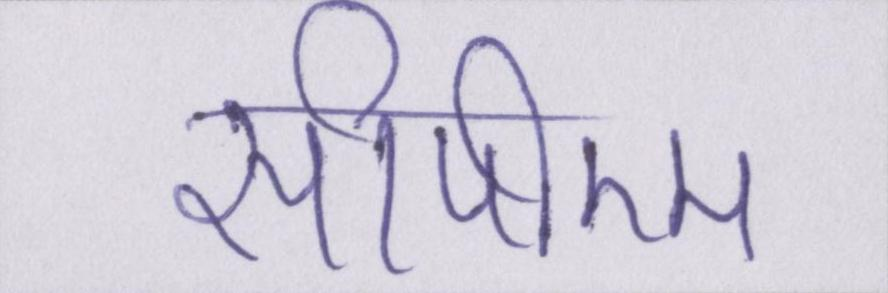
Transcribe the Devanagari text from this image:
सीपीएम